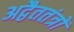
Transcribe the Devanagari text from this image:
अद्वैततंत्रों